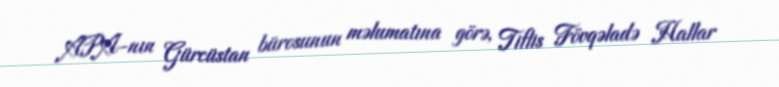
APA-nın Gürcüstan bürosunun məlumatına görə, Tiflis Fövqəladə Hallar